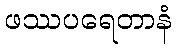
ဖဿပရေတာနံ